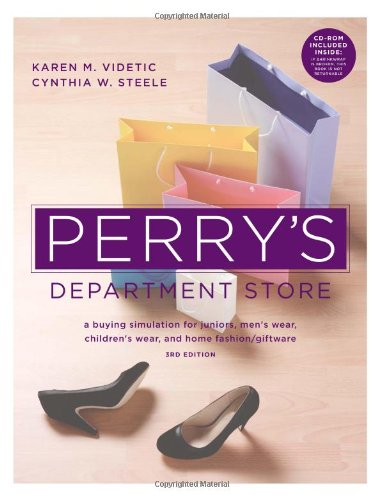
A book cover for Perry's Department Store: A Buying Simulation for Junior's, Men's Wear, Children's Wear, and Home Fashion/Giftware; Karen Videtic; Business & Money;